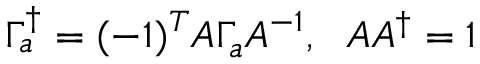
\Gamma _ { a } ^ { \dagger } = ( - 1 ) ^ { T } A \Gamma _ { a } A ^ { - 1 } , ~ ~ A A ^ { \dagger } = 1